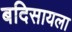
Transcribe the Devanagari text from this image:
बदिसायला